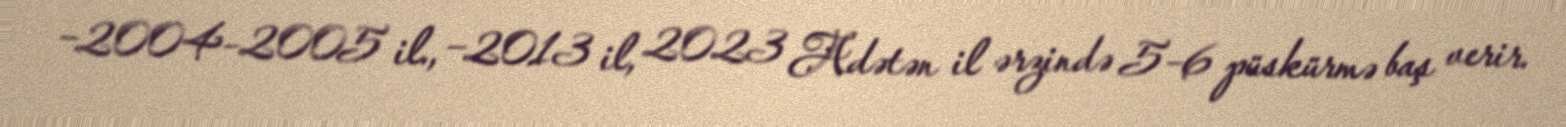
−2004–2005 il., −2013 il, 2023 Adətən il ərzində 5–6 püskürmə baş verir.